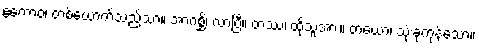
ဧကောဝ၊ တစ်ယောက်သည်သာ။ အာဂစ္ဆိ၊ လာပြီ။ တဿ၊ ထိုသူအား။ တယော၊ သုံးခုကုန်သော။